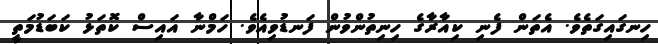
ހިނގައިގަތެވެ. އެތަން ފެނި ކިއާރާގެ ހިނިތުންވުން ފަނޑުވިއެވެ. ހަމްނާ އައިސް ކޮތަޅު ކަބަޑުމަތީ